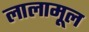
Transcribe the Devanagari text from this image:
लालामूल